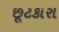
છૂટકારા